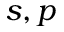
s , p